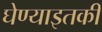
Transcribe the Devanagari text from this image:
घेण्याइतकी